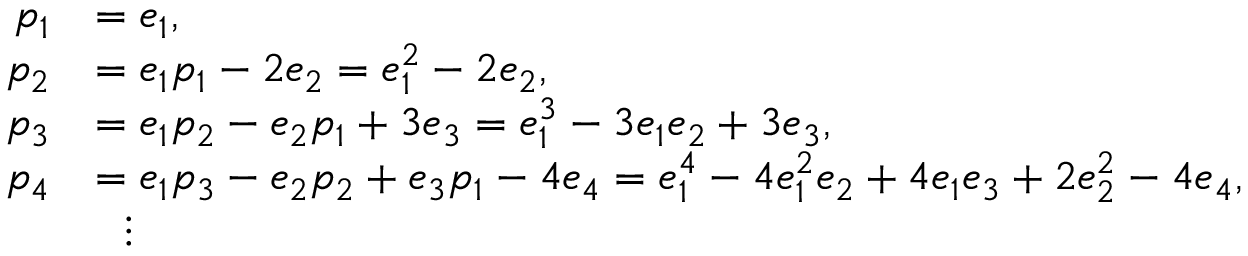
{ \begin{array} { r l } { p _ { 1 } } & { = e _ { 1 } , } \\ { p _ { 2 } } & { = e _ { 1 } p _ { 1 } - 2 e _ { 2 } = e _ { 1 } ^ { 2 } - 2 e _ { 2 } , } \\ { p _ { 3 } } & { = e _ { 1 } p _ { 2 } - e _ { 2 } p _ { 1 } + 3 e _ { 3 } = e _ { 1 } ^ { 3 } - 3 e _ { 1 } e _ { 2 } + 3 e _ { 3 } , } \\ { p _ { 4 } } & { = e _ { 1 } p _ { 3 } - e _ { 2 } p _ { 2 } + e _ { 3 } p _ { 1 } - 4 e _ { 4 } = e _ { 1 } ^ { 4 } - 4 e _ { 1 } ^ { 2 } e _ { 2 } + 4 e _ { 1 } e _ { 3 } + 2 e _ { 2 } ^ { 2 } - 4 e _ { 4 } , } \\ & { \ \ \vdots } \end{array} }